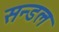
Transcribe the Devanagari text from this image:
सन्डल